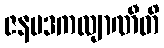
ဇနပဒကလျာဏီတိ